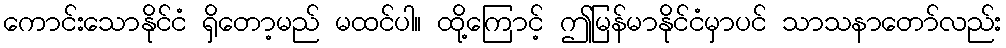
ကောင်းသောနိုင်ငံ ရှိတော့မည် မထင်ပါ။ ထို့ကြောင့် ဤမြန်မာနိုင်ငံမှာပင် သာသနာတော်လည်း